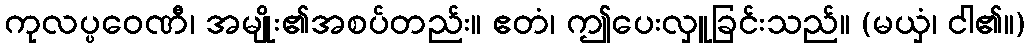
ကုလပ္ပဝေဏီ၊ အမျိုး၏အစပ်တည်း။ ဧတံ၊ ဤပေးလှူခြင်းသည်။ (မယှံ၊ ငါ၏။)